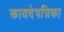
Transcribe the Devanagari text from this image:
कायदेपत्रिका